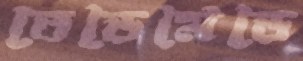
তেড়েমেড়ে